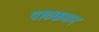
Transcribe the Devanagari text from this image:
पाठकगन